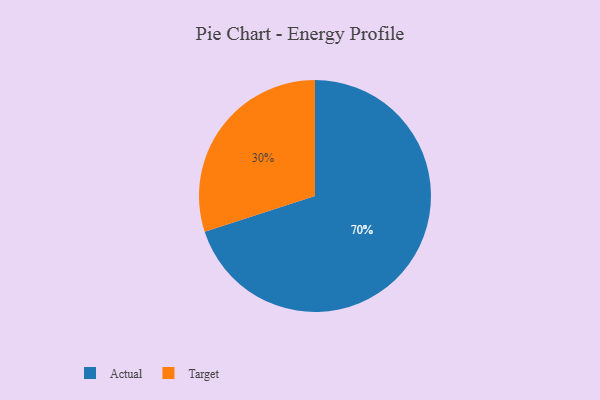
{"axis": {"x": "Category", "y": "Percentage"}, "legend": ["Actual", "Target"], "data": [{"x": "Target", "y": 30, "type": "Target"}, {"x": "Actual", "y": 70, "type": "Actual"}]}